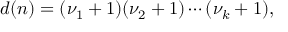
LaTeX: d ( n ) = ( \nu _ { 1 } + 1 ) ( \nu _ { 2 } + 1 ) \cdots ( \nu _ { k } + 1 ) ,